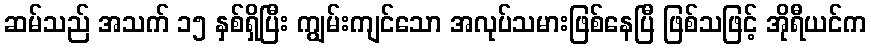
ဆမ်သည် အသက် ၁၅ နှစ်ရှိပြီး ကျွမ်းကျင်သော အလုပ်သမားဖြစ်နေပြီ ဖြစ်သဖြင့် အိုရီယင်က